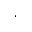
\cdot